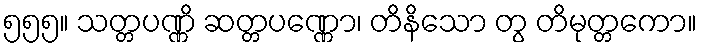
၅၅၅။ သတ္တပဏ္ဏိ ဆတ္တပဏ္ဏော၊ တိနိသော တွ တိမုတ္တကော။